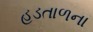
હડતાળના